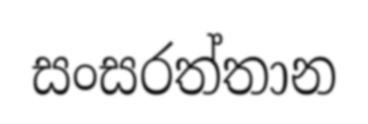
සංසරත්තාන